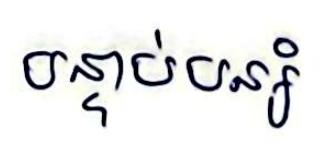
បន្ទាប់បន្សំ